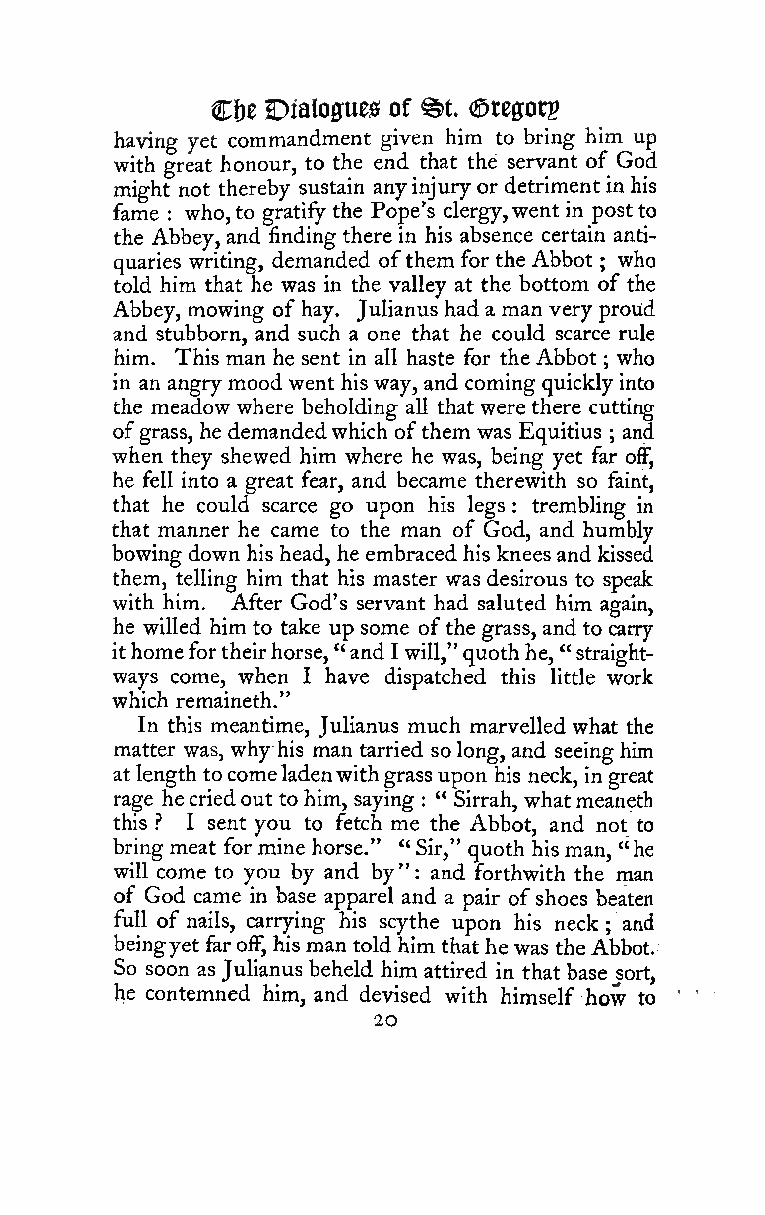
©t
 C&e Dialogues of (J^tegorp
 having yet commandment given him to bring him up
 with great honour, to the end that the servant of God
 might not thereby sustain anyinjuryor detriment in his
 fame who,to gratify the Pope's clergy,went in postto
 :
 the Abbey, and finding there in his absence certain anti-
 quaries writing, demanded ofthem for the Abbot ; who
 told him that he was in the valley at the bottom of the
 Abbey, mowing of hay. Julianus hada man veryproUd
 and stubborn, and such a one that he could scarce rule
 him. This man he sent in all haste for the Abbot ; who
 in an angrymood went his way, and coming quicklyinto
 the meadow where beholding all that were there cutting
 ofgrass, he demandedwhich ofthem was Equitius and
 ;
 when they shewed him where he was, being yet far off,
 he fell into a great fear, and became therewith so faint,
 that he could scarce go upon his legs : trembling in
 that manner he came to the man of God, and humbly
 bowing down his head, he embraced his knees and kissed
 them, telling him that his master was desirous to speak
 with him. After God's servant had saluted him again,
 he willed him to take up some ofthe grass, andto carry
 ithomefortheirhorse, "and I will,"quothhe, " straight-
 ways come, when I have dispatched this little work
 which remaineth."
 In this meantime, Julianus much marvelled what the
 matter was, why his man tarried solong, and seeing him
 atlength tocomeladenwithgrassupon his neck, in great
 rage hecriedout to him, saying " Sirrah, whatmeaneth
 :
 this ? I sent you to fetch me the Abbot, and not to
 bring meat for mine horse." " Sir," quoth his man, "he
 will come to you by and by": and forthwith the man
 of God came in base apparel and a pair ofshoes beaten
 full of nails, carrying his scythe upon his neck ; and
 beingyet faroff, his man toldhim thathe was theAbbot.
 So soon as Julianus beheld him attired in that base^ort,
 he contemned him, and devised with himself how to
 20